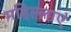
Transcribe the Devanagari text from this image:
महिल्लाएं